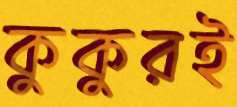
কুকুরই